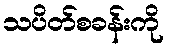
သပိတ်စခန်းကို